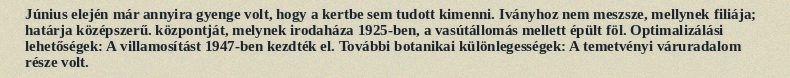
Június elején már annyira gyenge volt, hogy a kertbe sem tudott kimenni. Iványhoz nem meszsze, mellynek filiája; határja középszerű. központját, melynek irodaháza 1925-ben, a vasútállomás mellett épült föl. Optimalizálási lehetőségek: A villamosítást 1947-ben kezdték el. További botanikai különlegességek: A temetvényi váruradalom része volt.